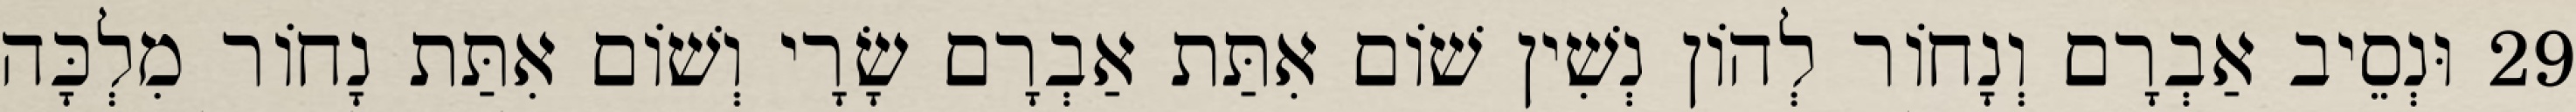
29 וּנְסֵיב אַבְרָם וְנָחוֹר לְהוֹן נְשִׁין שׁוֹם אִתַּת אַבְרָם שָׂרָי וְשׁוֹם אִתַּת נָחוֹר מִלְכָּה